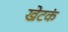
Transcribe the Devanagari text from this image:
खेटकं